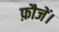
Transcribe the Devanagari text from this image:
फ़ौजें।